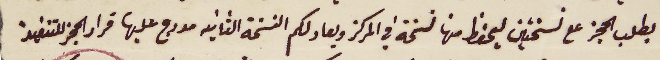
بطلب الحجز على نسختين ليحفظ منها نسخة في المركز ويعاد لكم النسخة الثانية مدرج عليها قرار الحجز للتنفيذ